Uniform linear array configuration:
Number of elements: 16
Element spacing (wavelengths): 1
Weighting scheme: exponential
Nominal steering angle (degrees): -15
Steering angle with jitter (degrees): -14.344
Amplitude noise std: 0.05
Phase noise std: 0.05

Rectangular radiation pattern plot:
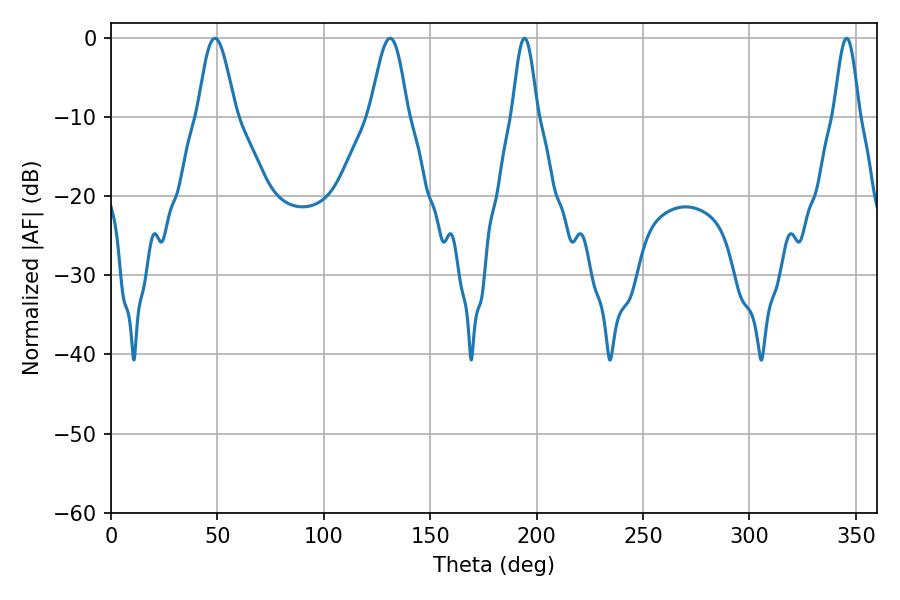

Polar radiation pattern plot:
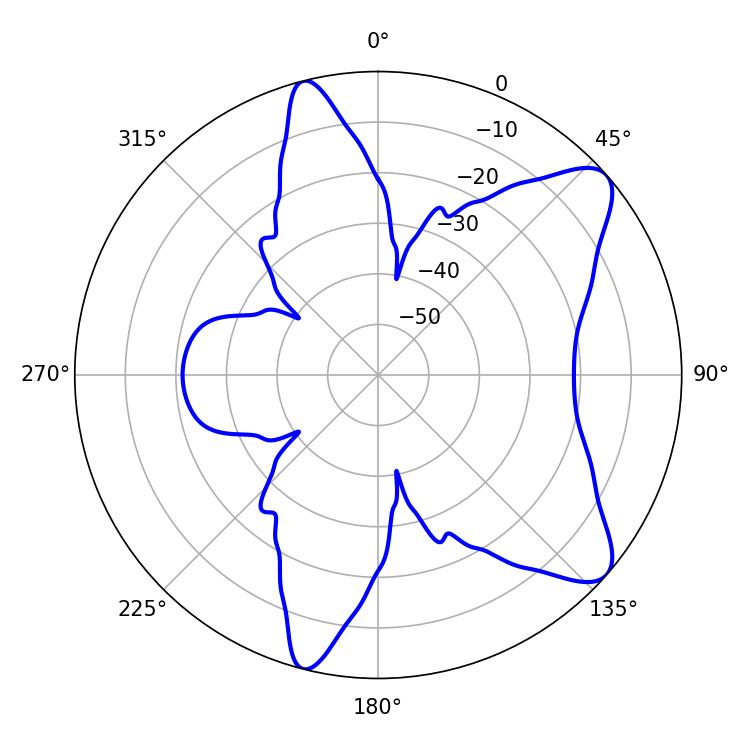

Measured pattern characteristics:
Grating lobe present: TRUE
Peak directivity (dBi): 9.255
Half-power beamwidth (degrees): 9.54
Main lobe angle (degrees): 48.78